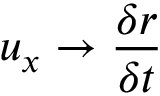
u _ { x } \rightarrow \frac { \delta r } { \delta t }